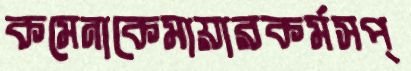
কমেনাকেমায়ারকর্মসপ্